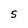
Character: 5